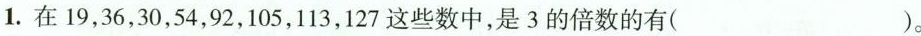
1.在19，36，30，54，92，105，113，127这些数中，是3的倍数的有( )。